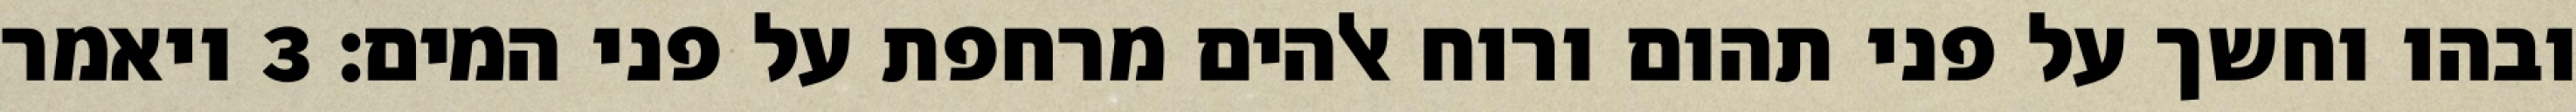
ובהו וחשך על פני תהום ורוח אלהים מרחפת על פני המים׃ ‎3‏ ויאמר